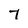
Character: T